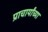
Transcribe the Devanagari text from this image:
प्राचार्यांच्या